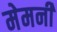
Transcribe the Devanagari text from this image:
मेमनी